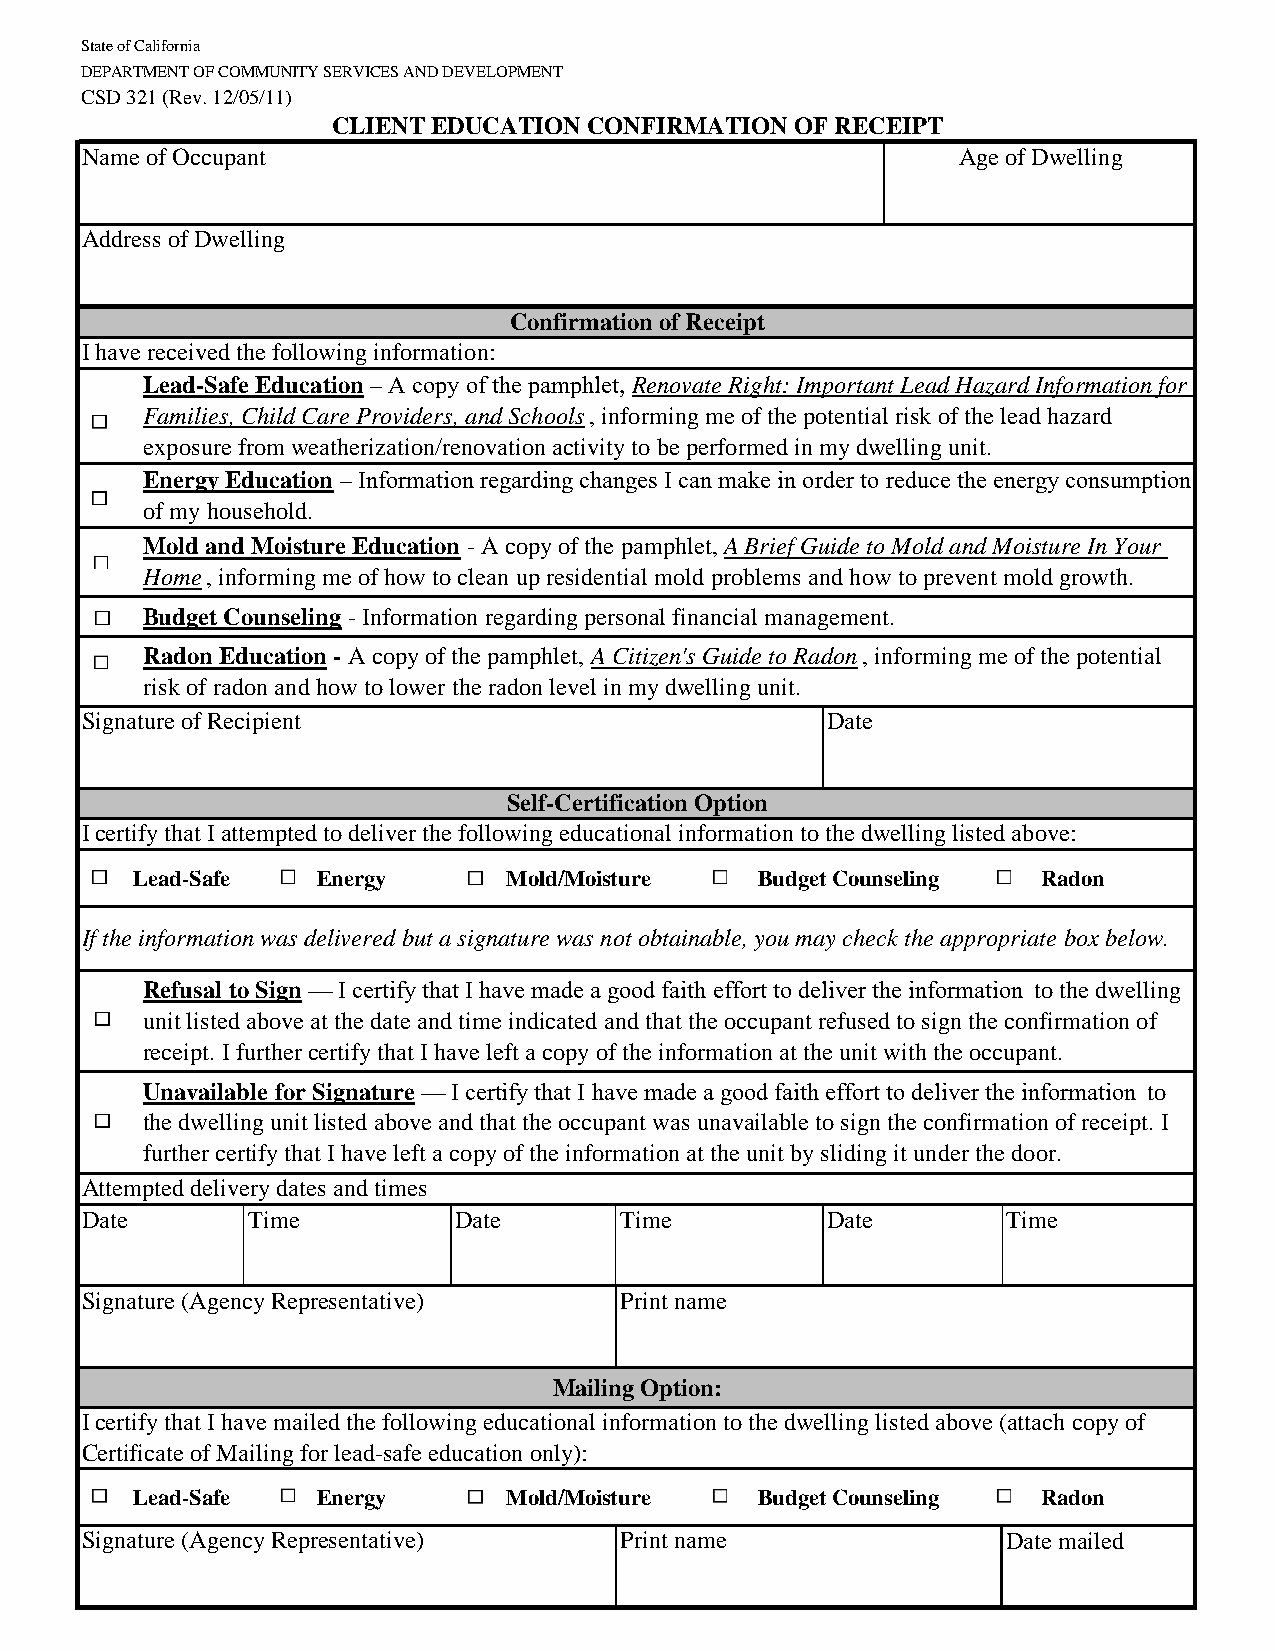
State of California
 DEPARTMENT OF COMMUNITY SERVICES AND DEVELOPMENT
 CSD 321 (Rev. 12/05/11)
 CLIENT EDUCATION CONFIRMATION  OF RECEIPT
 Name of Occupant                                          Age of Dwelling
 Address of Dwelling
 Confirmation of Receipt
 I have received the following information:
 Lead-Safe Education – A copy of the pamphlet, Renovate Right: Important Lead Hazard Information for
 Families, Child Care Providers, and Schools, informing me of the potential risk of the lead hazard
 exposure from weatherization/renovation activity to be performed in my dwelling unit.
 Energy Education – Information regarding changes I can make in order to reduce the energy consumption
 of my household.
 Mold and Moisture Education - A copy of the pamphlet, A Brief Guide to Mold and Moisture In Your
 Home, informing me of how to clean up residential mold problems and how to prevent mold growth.
 Budget Counseling - Information regarding personal financial management.
 Radon Education - A copy of the pamphlet, A Citizen's Guide to Radon, informing me of the potential
 risk of radon and how to lower the radon level in my dwelling unit.
 Signature of Recipient                            Date
 Self-Certification Option
 I certify that I attempted to deliver the following educational information to the dwelling listed above:
 Lead-Safe   Energy       Mold/Moisture   Budget Counseling  Radon
 If the information was delivered but a signature was not obtainable, you may check the appropriate box below.
 Refusal to Sign — I certify that I have made a good faith effort to deliver the information to the dwelling
 unit listed above at the date and time indicated and that the occupant refused to sign the confirmation of
 receipt. I further certify that I have left a copy of the information at the unit with the occupant.
 Unavailable for Signature — I certify that I have made a good faith effort to deliver the information to
 the dwelling unit listed above and that the occupant was unavailable to sign the confirmation of receipt. I
 further certify that I have left a copy of the information at the unit by sliding it under the door.
 Attempted delivery dates and times
 Date       Time          Date       Time          Date        Time
 Signature (Agency Representative)   Print name
 Mailing Option:
 I certify that I have mailed the following educational information to the dwelling listed above (attach copy of
 Certificate of Mailing for lead-safe education only):
 Lead-Safe   Energy       Mold/Moisture   Budget Counseling  Radon
 Signature (Agency Representative)   Print name                Date mailed